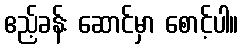
ဧည့်ခန်း ဆောင်မှာ စောင့်ပါ။